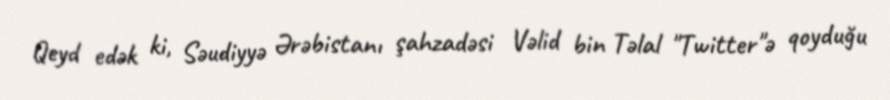
Qeyd edək ki, Səudiyyə Ərəbistanı şahzadəsi Vəlid bin Təlal "Twitter"ə qoyduğu